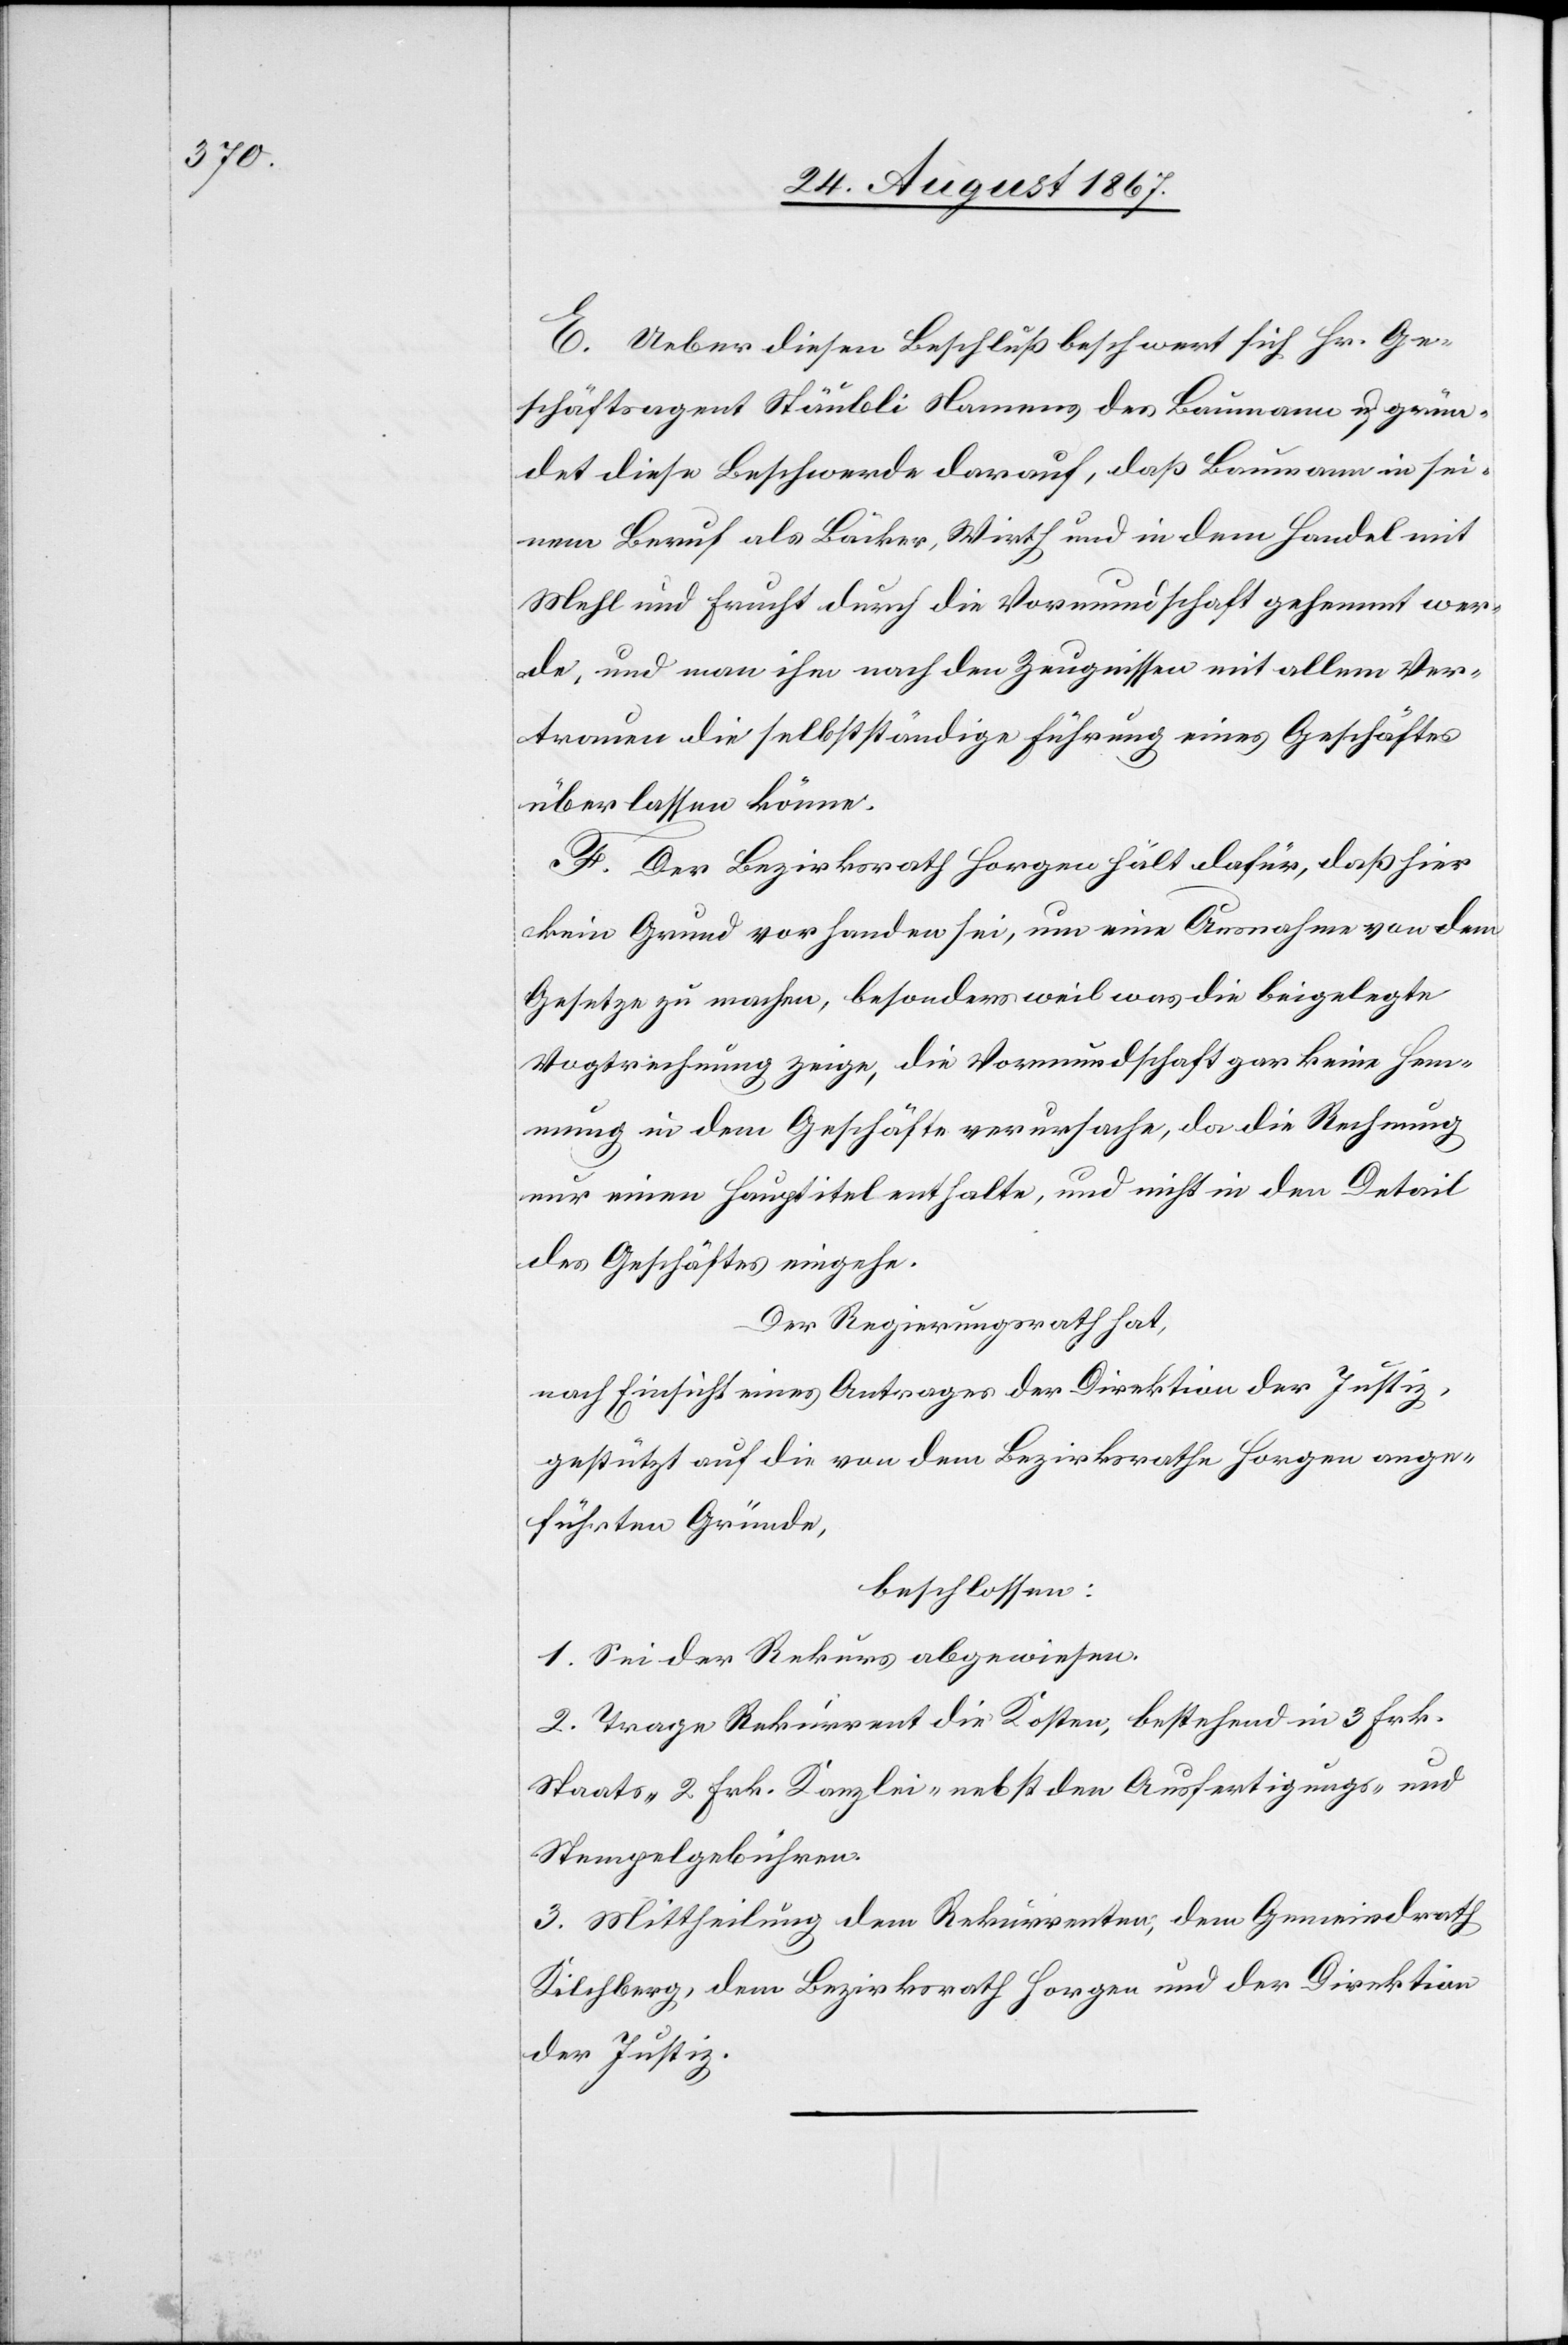
E. Ueber diesen Beschluß beschwert sich Hr. Ge¬
schäftsagent Stäubli Namens des Baumann u. grün¬
det diese Beschwerde darauf, daß Baumann in sei¬
nem Beruf als Bäcker, Wirth und in dem Handel mit
Mehl und Frucht durch die Vormundschaft gehemmt wer¬
de, und man ihm nach den Zeugnissen mit allem Ver¬
trauen die selbstständige Führung eines Geschäftes
überlassen könne.
F. Der Bezirksrath Horgen hält dafür, daß hier
kein Grund vorhanden sei, um eine Ausnahme von dem
Gesetze zu machen, besonders weil was die beigelegte
Vogteiführung zeige, die Vormundschaft gar keine Hem¬
mung in dem Geschäfte verursache, da die Rechnung
nur einen Haupttitel enthalte, und nicht in den Detail
des Geschäftes eingehe.
Der Regierungsrath hat,
nach Einsicht eines Antrages der Direktion der Justiz;
gestützt auf die von dem Bezirksrathe Horgen ange¬
führten Gründe,
beschlossen:
1. Sei der Rekurs abgewiesen.
2. Trage Rekurrent die Kosten, bestehend in 3 Frk.
Staats-[,] 2 Frk. Kanzlei- nebst den Ausfertigungs- und
Stempelgebühren.
3. Mittheilung dem Rekurrenten, dem Gemeindrath
Kilchberg, dem Bezirksrath Horgen und der Direktion
der Justiz.